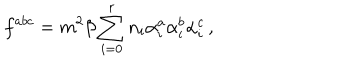
LaTeX: f ^ { a b c } = m ^ { 2 } \beta \sum _ { i = 0 } ^ { r } n _ { i } \alpha _ { i } ^ { a } \alpha _ { i } ^ { b } \alpha _ { i } ^ { c } \, ,